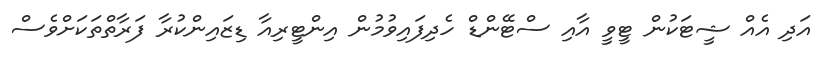
އަދި އެއް ޝީޓަކުން ޓީވީ އާއި ސްޓޭންޑް ހެދިފައިވުމުން އިންޓީރިއާ ޑިޒައިންކުރާ ފަރާތްތަކަށްވެސް